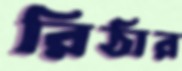
রিঠার